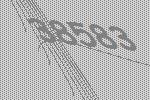
38583